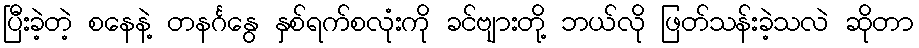
ပြီးခဲ့တဲ့ စနေနဲ့ တနင်္ဂနွေ နှစ်ရက်စလုံးကို ခင်ဗျားတို့ ဘယ်လို ဖြတ်သန်းခဲ့သလဲ ဆိုတာ